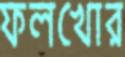
ফলখোর